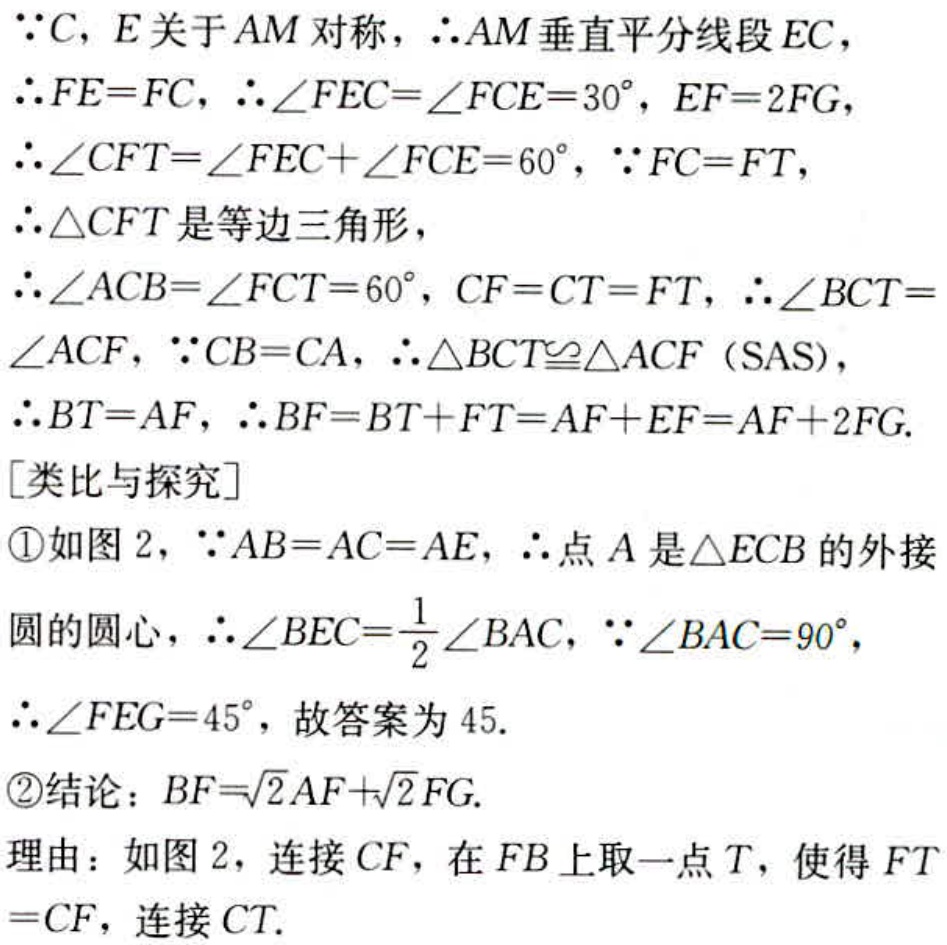
\(\because C, E\)关于\(AM\)对称，\(\therefore AM\)垂直平分线段\(EC\)，
\(\therefore FE = FC\)，\(\therefore \angle FEC=\angle FCE = 30^{\circ}\)，\(EF = 2FG\)，
\(\therefore \angle CFT=\angle FEC+\angle FCE = 60^{\circ}\)，\(\because FC = FT\)，
\(\therefore \triangle CFT\)是等边三角形，
\(\therefore \angle ACB=\angle FCT = 60^{\circ}\)，\(CF = CT = FT\)，\(\therefore \angle BCT=\angle ACF\)，\(\because CB = CA\)，\(\therefore \triangle BCT\cong\triangle ACF\)（\(SAS\)），
\(\therefore BT = AF\)，\(\therefore BF=BT + FT=AF + EF=AF + 2FG\).
[类比与探究]
\textcircled{1}如图2，\(\because AB = AC = AE\)，\(\therefore\)点\(A\)是\(\triangle ECB\)的外接圆的圆心，\(\therefore \angle BEC=\frac{1}{2}\angle BAC\)，\(\because \angle BAC = 90^{\circ}\)，
\(\therefore \angle FEG = 45^{\circ}\)，故答案为\(45\).
\textcircled{2}结论：\(BF=\sqrt{2}AF+\sqrt{2}FG\).
理由：如图2，连接\(CF\)，在\(FB\)上取一点\(T\)，使得\(FT = CF\)，连接\(CT\).